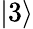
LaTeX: \vert 3\rangle